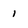
Character: 1